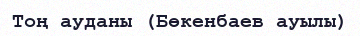
Тоң ауданы (Бөкенбаев ауылы)